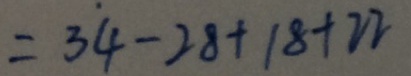
= 3 4 - 2 8 + 1 8 + 2 2